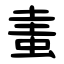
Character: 䖯